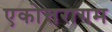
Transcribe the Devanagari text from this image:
एकोत्तरागम